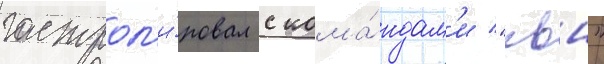
гастрол'и́ровал с кома́ндам'и "квн"